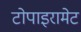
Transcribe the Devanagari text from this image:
टोपाइरामेट